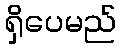
ရှိပေမည်